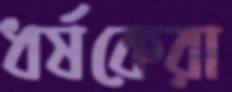
ধর্ষকেরা